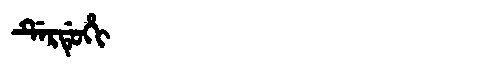
Manchu: ᡩᡝᡵᡩᡠᡥᡳ
Romanization: DERDUHI